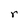
Character: r